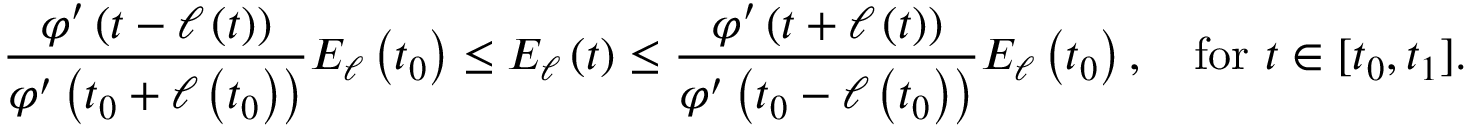
\frac { \varphi ^ { \prime } \left( t - \ell \left( t \right) \right) } { \varphi ^ { \prime } \left( t _ { 0 } + \ell \left( t _ { 0 } \right) \right) } E _ { \ell } \left( t _ { 0 } \right) \leq E _ { \ell } \left( t \right) \leq \frac { \varphi ^ { \prime } \left( t + \ell \left( t \right) \right) } { \varphi ^ { \prime } \left( t _ { 0 } - \ell \left( t _ { 0 } \right) \right) } E _ { \ell } \left( t _ { 0 } \right) , \mathrm { ~ \ \ f o r ~ } t \in \lbrack t _ { 0 } , t _ { 1 } ] .